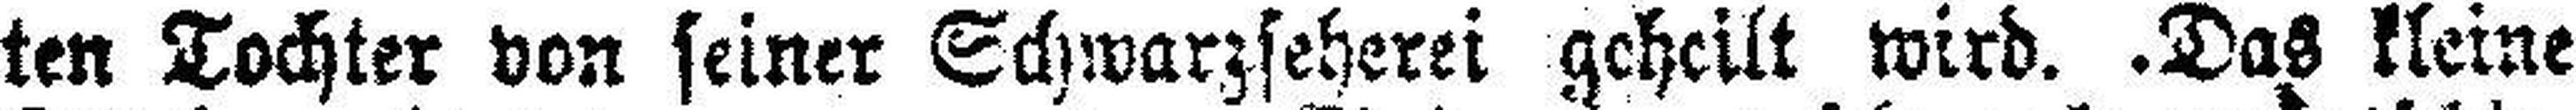
ten Tochter von seiner Schwarzseherei gehellt wird. Das kleine